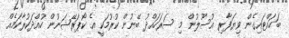
ބަހައްޓައިގެން ވިޔަފާރި އުސޫލުން މި ސަރަހައްދު ބޭނުން ކުރުމަކީ އެ ކޯޕަރޭޝަނުން ހުއްދަކުރާކަމެއް